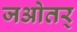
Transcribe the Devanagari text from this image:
जओतर्